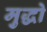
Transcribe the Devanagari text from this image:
मुद्धो